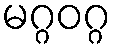
မဂ္ဂဝဂ္ဂ